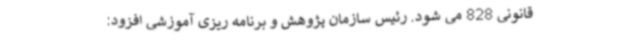
قانونی 828 می شود. رئیس سازمان پژوهش و برنامه ریزی آموزشی افزود: